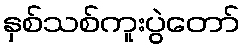
နှစ်သစ်ကူးပွဲတော်